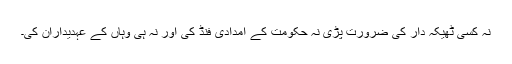
نہ کسی ٹھیکہ دار کی ضرورت پڑی نہ حکومت کے امدادی فنڈ کی اور نہ ہی وہاں کے عہدیداران کی۔